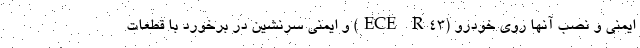
ایمنی و نصب آنها روی خودرو (ECE R43) و ایمنی سرنشین در برخورد با قطعات